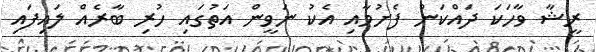
ރީޝާ ވާހަކަ ދައްކަން ފެށުމާއި އެކު ނަވީން އަތުގައި ހުރި ބާރެއް ލައިފައި